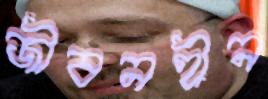
জীবনহীন